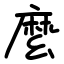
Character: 麼